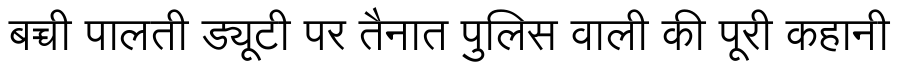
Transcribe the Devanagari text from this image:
बच्ची पालती ड्यूटी पर तैनात पुलिस वाली की पूरी कहानी